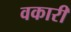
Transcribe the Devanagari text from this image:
वकारी